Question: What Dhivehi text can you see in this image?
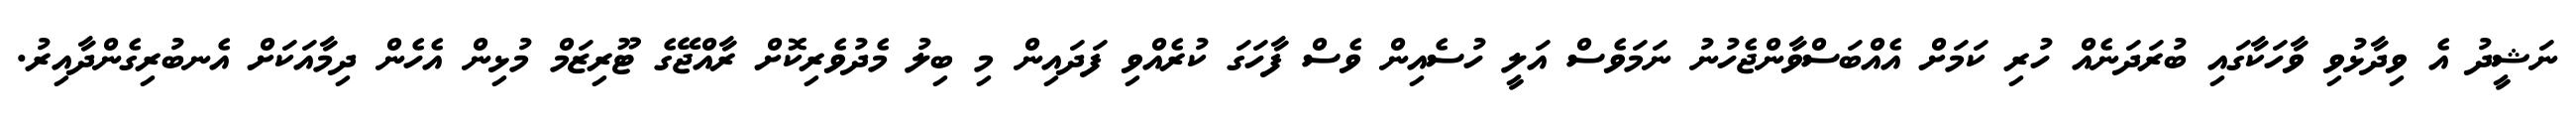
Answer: ނަޝީދު އެ ވިދާޅުވި ވާހަކާގައި ބުރަދަނެއް ހުރި ކަމަށް އެއްބަސްވާންޖެހުނު ނަމަވެސް އަލީ ހުސެއިން ވެސް ފާހަގަ ކުރެއްވި ފަދައިން މި ބިލު މެދުވެރިކޮށް ރާއްޖޭގެ ޓޫރިޒަމް މުޅިން އެހެން ދިމާއަކަށް އެނބުރިގެންދާއިރު.